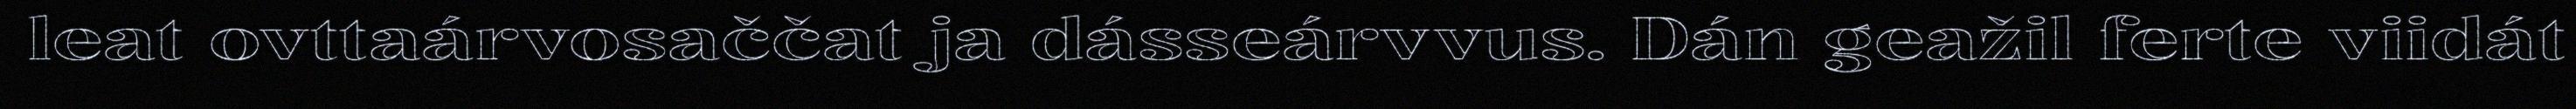
leat ovttaárvosaččat ja dásseárvvus. Dán geažil ferte viidát